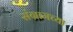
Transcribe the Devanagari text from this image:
संग्रामच्या